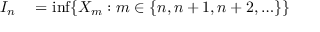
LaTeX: \begin{array} { r l } { I _ { n } } & { { } = \operatorname* { i n f } \{ X _ { m } : m \in \{ n , n + 1 , n + 2 , \ldots \} \} } \end{array}